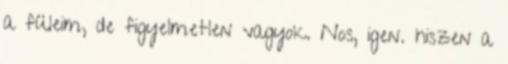
a füleim, de figyelmetlen vagyok. Nos, igen. hiszen a